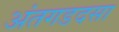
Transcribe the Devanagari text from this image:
अंतगडदसा